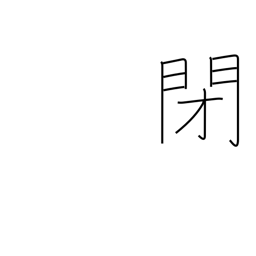
Meaning: closed